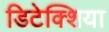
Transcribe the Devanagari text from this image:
डिटेक्शिया